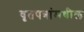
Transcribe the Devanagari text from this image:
वृतपत्रांमधील